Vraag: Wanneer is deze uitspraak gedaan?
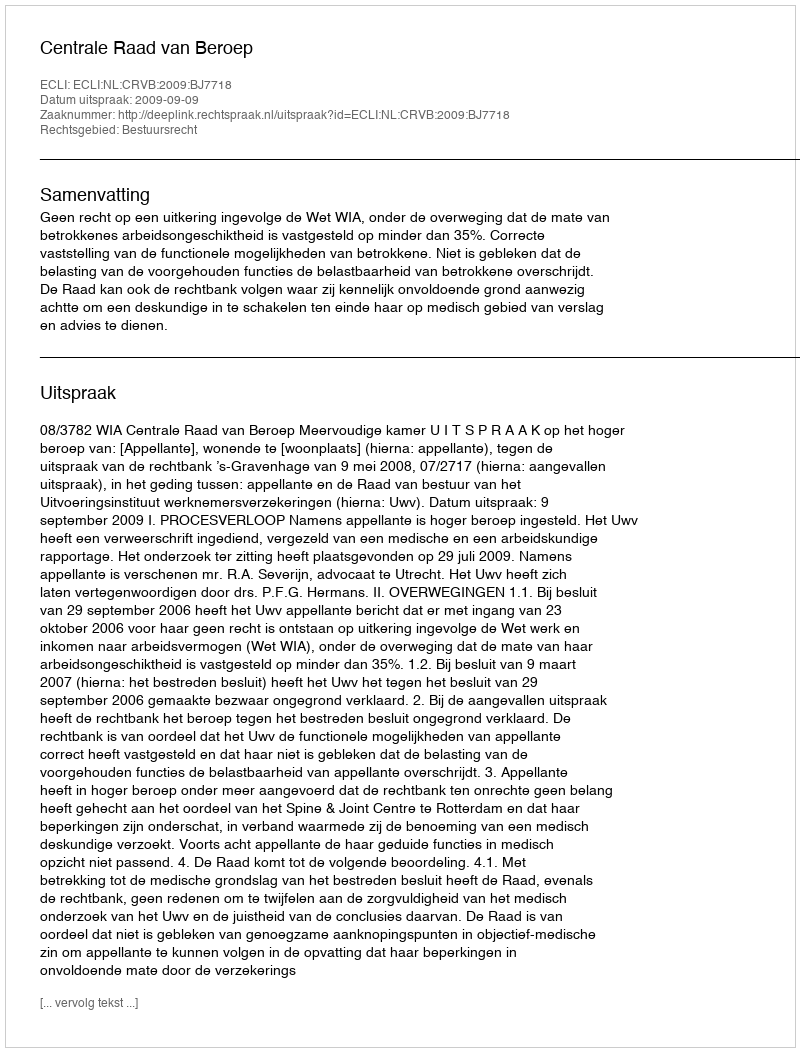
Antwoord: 2009-09-09